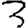
Digit: 3